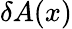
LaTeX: \delta A(x)